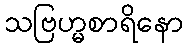
သဗြဟ္မစာရိနော